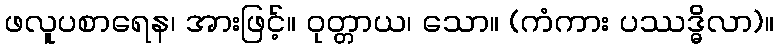
ဖလူပစာရေန၊ အားဖြင့်။ ဝုတ္တာယ၊ သော။ (ကံကား ပဿဒ္ဓိလာ)။